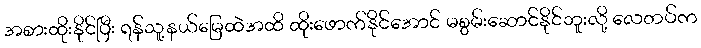
အစားထိုးနိုင်ပြီး ရန်သူ့နယ်မြေထဲအထိ ထိုးဖောက်နိုင်အောင် မစွမ်းဆောင်နိုင်ဘူးလို့ လေတပ်က